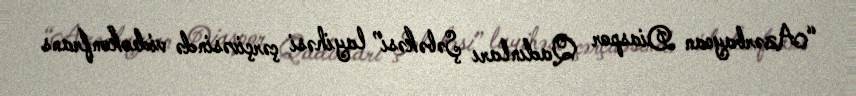
“Azərbaycan Diaspor Qadınları Şəbəkəsi” layihəsi çərçivəsində videokonfrans